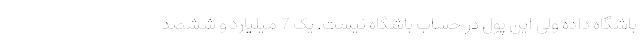
باشگاه داده ولی این پول در حساب باشگاه نیست. یک 7 میلیارد و ششصد